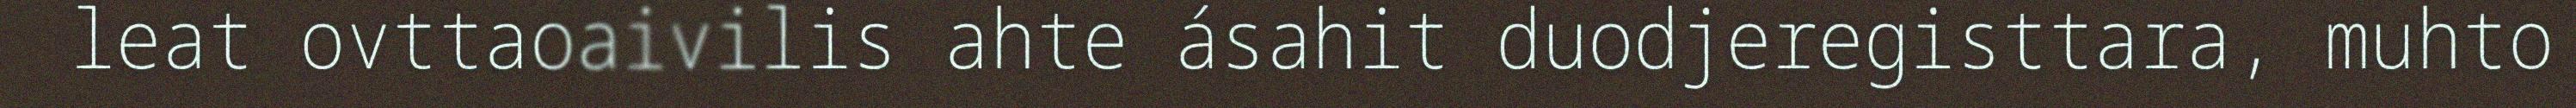
leat ovttaoaivilis ahte ásahit duodjeregisttara, muhto